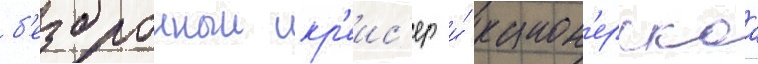
б'езбронныи кр'еис'ер и́ канон'ерскаа